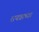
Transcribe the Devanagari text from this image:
रायन्नाच्या